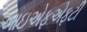
આઇએફએફટી